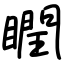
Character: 瞤